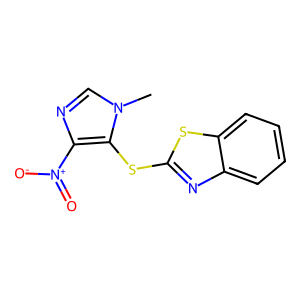
SMILES: Cn1cnc([N+](=O)[O-])c1Sc1nc2ccccc2s1
Inhibits HIV replication: No